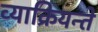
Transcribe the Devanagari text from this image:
व्याक्रियन्ते